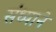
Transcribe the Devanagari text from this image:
संध्याने